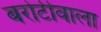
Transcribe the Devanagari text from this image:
बरोटीवाला